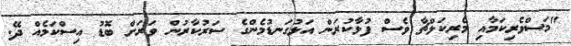
"މަސްވެރިކަމާއި މެރިކަލްޗާ ވެސް ފުޅާކުރަން އަޅުގަނޑުމެންގެ ސަރުކާރުން ވަރަށް ބޮޑު އިސްކަމެއް ދޭ.